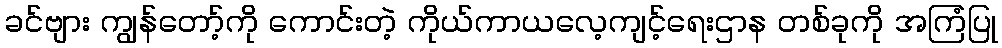
ခင်ဗျား ကျွန်တော့်ကို ကောင်းတဲ့ ကိုယ်ကာယလေ့ကျင့်ရေးဌာန တစ်ခုကို အကြံပြု